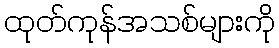
ထုတ်ကုန်အသစ်များကို